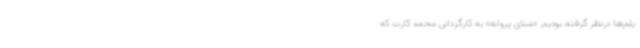
یلم‌ها درنظر گرفته بودیم. «شنای پروانه» به کارگردانی محمد کارت که